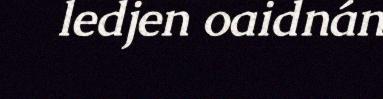
ledjen oaidnán